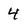
Character: 4